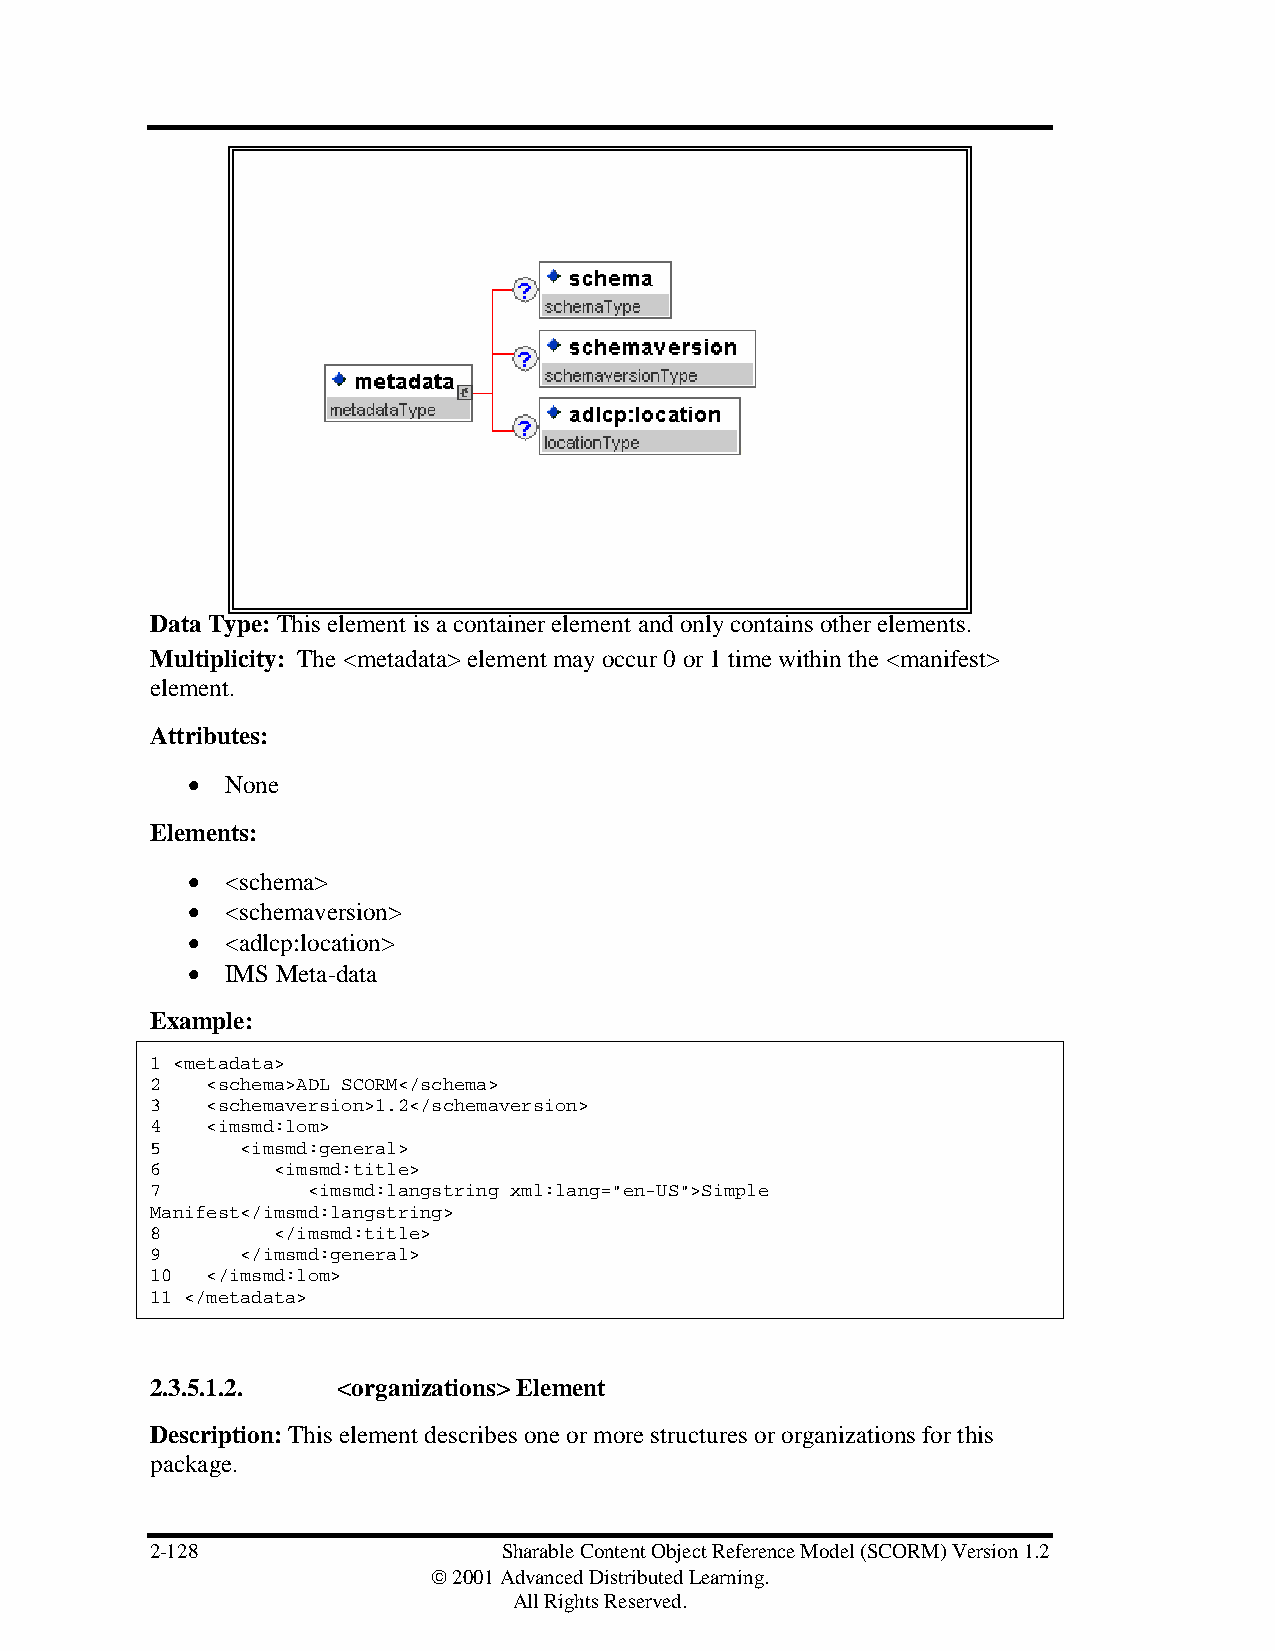
Data Type: This element is a container element and only contains other elements.
 Multiplicity: The <metadata> element may occur 0 or 1 time within the <manifest>
 element.
 Attributes:
 •  None
 Elements:
 •  <schema>
 •  <schemaversion>
 •  <adlcp:location>
 •  IMS Meta-data
 Example:
 1 <metadata>
 2   <schema>ADL SCORM</schema>
 3   <schemaversion>1.2</schemaversion>
 4   <imsmd:lom>
 5     <imsmd:general>
 6       <imsmd:title>
 7         <imsmd:langstring xml:lang="en-US">Simple
 Manifest</imsmd:langstring>
 8       </imsmd:title>
 9     </imsmd:general>
 10  </imsmd:lom>
 11 </metadata>
 2.3.5.1.2.  <organizations> Element
 Description: This element describes one or more structures or organizations for this
 package.
 2-128                  Sharable Content Object Reference Model (SCORM) Version 1.2
  2001 Advanced Distributed Learning.
 All Rights Reserved.